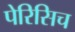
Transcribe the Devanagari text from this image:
पेरिसिच